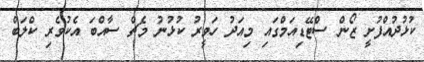
ކުޅުދުއްފުށީ ޒޯން ސްޓޭޑިއަމްގައި މިއަދު ހަވީރު ކުޅުނު މެޗް ސާއްބަ އެކުވެރި ކްލަބް